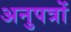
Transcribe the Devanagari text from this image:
अनुपत्रों